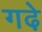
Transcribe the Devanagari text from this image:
गढे़